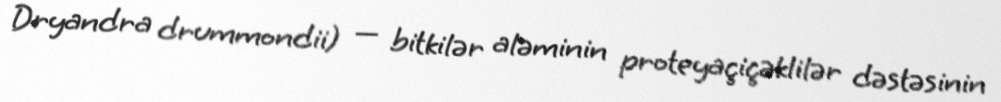
Dryandra drummondii) — bitkilər aləminin proteyaçiçəklilər dəstəsinin